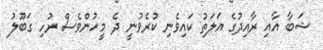
ޝަބާ އާއި ރާއިދުގެ އަލަތު ކައިވެނި ކުރެވުނީ ދެ މީހުންވެސް ރުހި ގަބޫލު